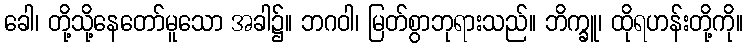
ခေါ၊ တို့သို့နေတော်မူသော အခါ၌။ ဘဂဝါ၊ မြတ်စွာဘုရားသည်။ ဘိက္ခူ၊ ထိုရဟန်းတို့ကို။